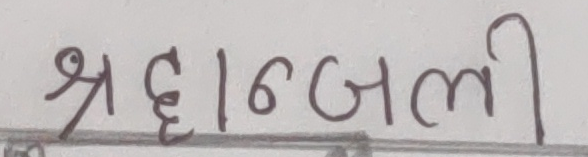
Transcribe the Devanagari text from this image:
श्रद्धांजली